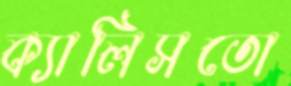
ক্যালিসতো